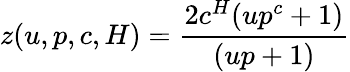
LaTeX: z(u,p,c,H)=\frac{2c^{H}(up^{c}+1)}{(up+1)}